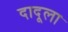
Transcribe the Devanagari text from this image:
दादूला